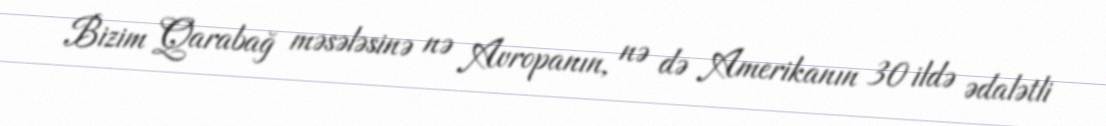
Bizim Qarabağ məsələsinə nə Avropanın, nə də Amerikanın 30 ildə ədalətli